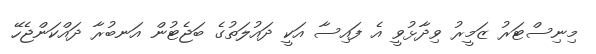
މިނިސްޓަރު ޒަމީރު ވިދާޅުވީ އެ ފައިސާ އަކީ ދައުލަތުގެ ބަޖެޓުން އަނބުރާ ދައްކަންޖެހޭ